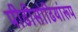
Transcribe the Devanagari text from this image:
पीढीसोढियांरूप